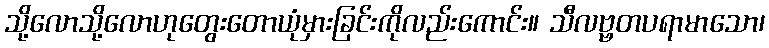
သို့လောသို့လောဟုတွေးတောယုံမှားခြင်းကိုလည်းကောင်း။ သီလဗ္ဗတပရာမာသော၊